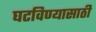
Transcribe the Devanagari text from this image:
घटविण्यासाठी